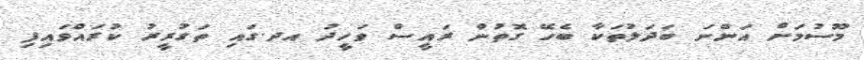
މޫސުމަށް އަންނަ ބަދަލުތަކާ ބެހޭ ގޮތުން ރައީސް ވަހީދު އދ.ގައި ތަގުރީރު ކުރައްވައިފި